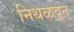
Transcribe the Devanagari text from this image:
निथळवून